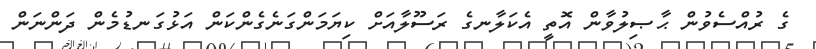
ގެ ރުއްސެވުން ޙާޞިލުވާން އޮތީ އެކަލާނގެ ރަސޫލާއަށް ކިޔަމަންގަނެގެންކަން އަޅުގަނޑުމެން ދަންނަން